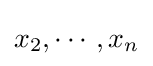
x_{2},\cdots ,x_{n}